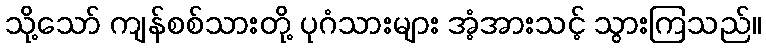
သို့သော် ကျန်စစ်သားတို့ ပုဂံသားများ အံ့အားသင့် သွားကြသည်။